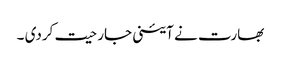
بھارت نے آئینی جارحیت کردی ۔